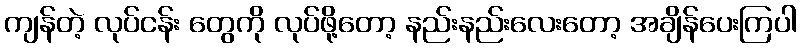
ကျန်တဲ့ လုပ်ငန်း တွေကို လုပ်ဖို့တော့ နည်းနည်းလေးတော့ အချိန်ပေးကြပါ